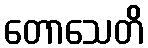
တောသေတိ